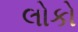
લોકો